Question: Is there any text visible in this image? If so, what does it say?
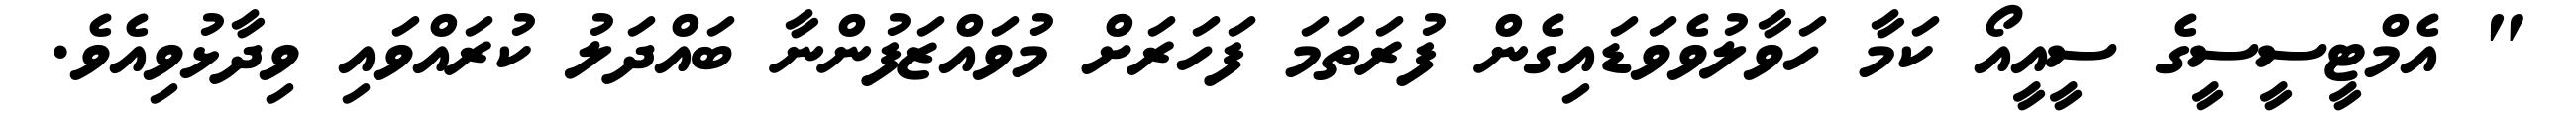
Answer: " އެމްޓީސީސީގެ ސީއީއޯ ކަމާ ހަވާލުވެވަޑައިގެން ފުރަތަމަ ފަހަރަށް މުވައްޒަފުންނާ ބައްދަލު ކުރައްވައި ވިދާޅުވިއެވެ.